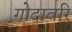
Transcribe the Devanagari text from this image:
गोदावरि